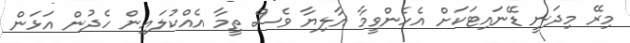
މިރޭ މިދަނީ ޑޭނައިޓަކަށް އެހެންވީމާ އާލިޔާ ވެސް ތީމާ އެއްކުލައިން ހެދުން އަޅަން